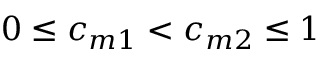
0 \leq c _ { m 1 } < c _ { m 2 } \leq 1